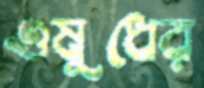
ওষুধের